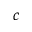
c